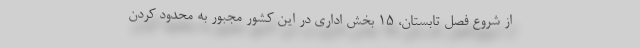
از شروع فصل تابستان، ۱۵ بخش اداری در این کشور مجبور به محدود کردن